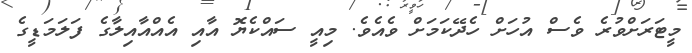
މީޓަރަށްވުރެ ވެސް އުހަށް ހެދޭކަމަށް ވެއެވެ. މިއީ ސައްކެޔޮ އާއި އެއްއާއިލާގެ ފަލަމަޑީގެ